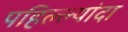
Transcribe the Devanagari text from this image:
पहिल्ल्यांदा